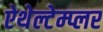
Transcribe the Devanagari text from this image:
ऐथेल्टेम्प्लर